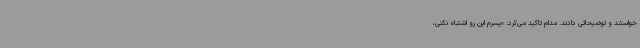
خواستند و توضیحاتی دادند. مدام تاکید می‌کرد: «پسرم این رو اشتباه نکنی،